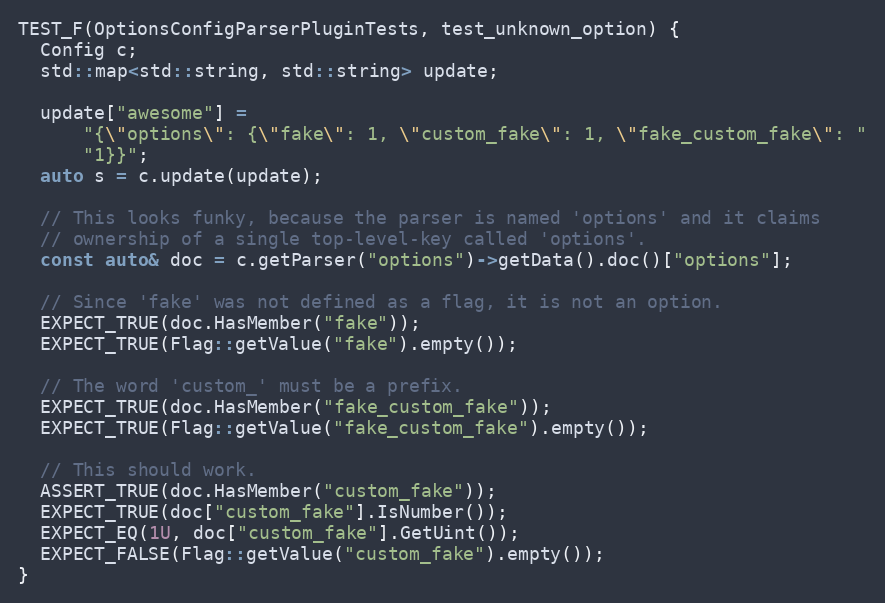
Language: C++
TEST_F(OptionsConfigParserPluginTests, test_unknown_option) {
  Config c;
  std::map<std::string, std::string> update;

  update["awesome"] =
      "{\"options\": {\"fake\": 1, \"custom_fake\": 1, \"fake_custom_fake\": "
      "1}}";
  auto s = c.update(update);

  // This looks funky, because the parser is named 'options' and it claims
  // ownership of a single top-level-key called 'options'.
  const auto& doc = c.getParser("options")->getData().doc()["options"];

  // Since 'fake' was not defined as a flag, it is not an option.
  EXPECT_TRUE(doc.HasMember("fake"));
  EXPECT_TRUE(Flag::getValue("fake").empty());

  // The word 'custom_' must be a prefix.
  EXPECT_TRUE(doc.HasMember("fake_custom_fake"));
  EXPECT_TRUE(Flag::getValue("fake_custom_fake").empty());

  // This should work.
  ASSERT_TRUE(doc.HasMember("custom_fake"));
  EXPECT_TRUE(doc["custom_fake"].IsNumber());
  EXPECT_EQ(1U, doc["custom_fake"].GetUint());
  EXPECT_FALSE(Flag::getValue("custom_fake").empty());
}